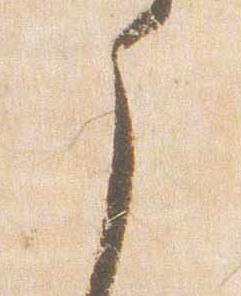
之